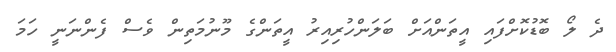
ދެ ލޯ ބޮޑުކޮށްފައި އީތަންއަށް ބަލަންހުރިއިރު އީތަންގެ މޫނުމަތިން ވެސް ފެންނަނީ ހަމަ